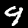
Digit: 9